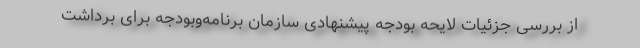
از بررسی جزئیات لایحه بودجه پیشنهادی سازمان برنامه‌و‌بودجه برای برداشت